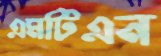
এমটিএন